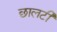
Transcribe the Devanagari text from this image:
छालटी